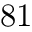
8 1